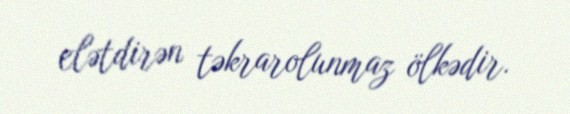
elətdirən təkrarolunmaz ölkədir.